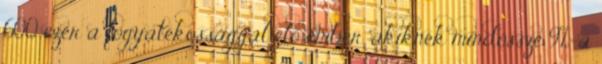
600 ezer a fogyatékossággal élő ember, akiknek mindössze 9%-a